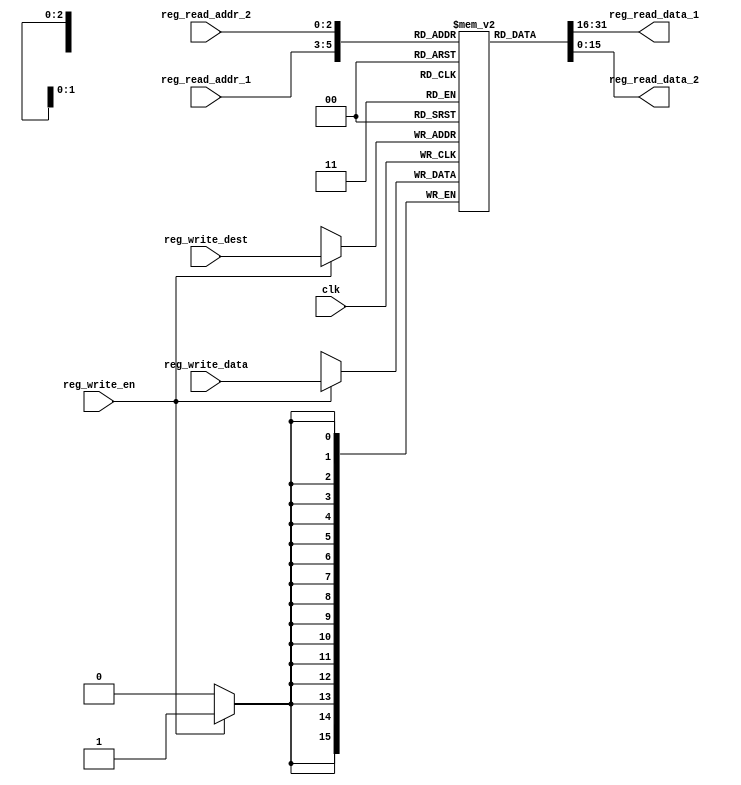
`timescale 1ns / 1ps
////////////////////////////////////////////////////////////////////////////////
// Company: 
// Engineer:
//
// Design Name:    
// Module Name:    GPRs
// Project Name:   
// Target Device:  
// Tool versions:  
// Description:
//
// Dependencies:
// 
// Revision:
// Revision 0.01 - File Created
// Additional Comments:
// 
////////////////////////////////////////////////////////////////////////////////
module GPRs(input    clk,
 // write port
 input    reg_write_en,
 input  [2:0] reg_write_dest,
 input  [15:0] reg_write_data,
 //read port 1
 input  [2:0] reg_read_addr_1,
 output  [15:0] reg_read_data_1,
 //read port 2
 input  [2:0] reg_read_addr_2,
 output  [15:0] reg_read_data_2);
 	reg [15:0] reg_array [7:0];
 integer i;
 // write port
 //reg [2:0] i;
 initial begin
  for(i=0;i<8;i=i+1)
   reg_array[i] <= 16'd0;
 end
 always @ (posedge clk ) begin
   if(reg_write_en) begin
    reg_array[reg_write_dest] <= reg_write_data;
   end
 end
 

 assign reg_read_data_1 = reg_array[reg_read_addr_1];
 assign reg_read_data_2 = reg_array[reg_read_addr_2];

endmodule